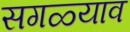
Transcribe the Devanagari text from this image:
सगळ्याव